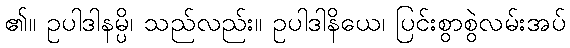
၏။ ဥပါဒါနမ္ပိ၊ သည်လည်း။ ဥပါဒါနိယေ၊ ပြင်းစွာစွဲလမ်းအပ်